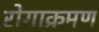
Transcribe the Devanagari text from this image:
रोगाक्रमण